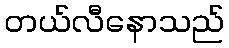
တယ်လီနောသည်